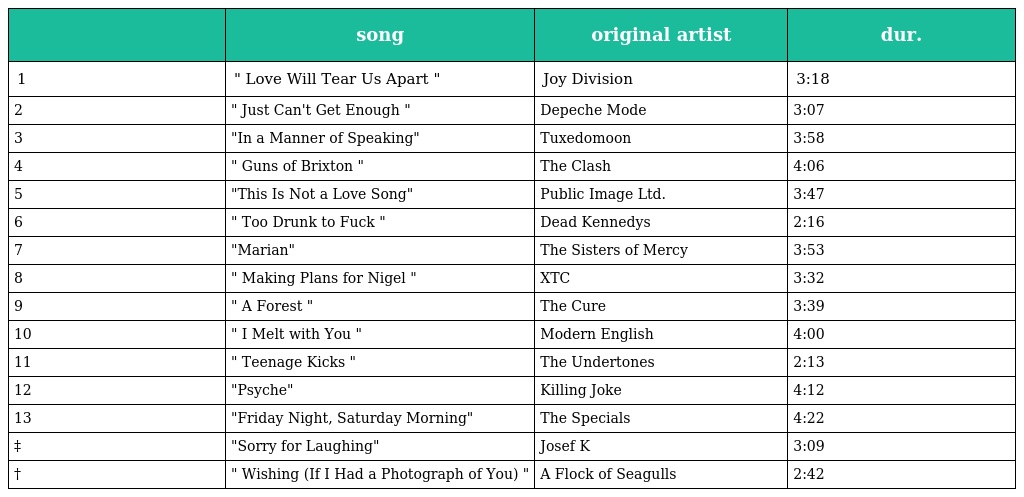
|  | song | original artist | dur. |
 | --- | --- | --- | --- |
 | 1 | " Love Will Tear Us Apart " | Joy Division | 3:18 |
 | 2 | " Just Can't Get Enough " | Depeche Mode | 3:07 |
 | 3 | "In a Manner of Speaking" | Tuxedomoon | 3:58 |
 | 4 | " Guns of Brixton " | The Clash | 4:06 |
 | 5 | "This Is Not a Love Song" | Public Image Ltd. | 3:47 |
 | 6 | " Too Drunk to Fuck " | Dead Kennedys | 2:16 |
 | 7 | "Marian" | The Sisters of Mercy | 3:53 |
 | 8 | " Making Plans for Nigel " | XTC | 3:32 |
 | 9 | " A Forest " | The Cure | 3:39 |
 | 10 | " I Melt with You " | Modern English | 4:00 |
 | 11 | " Teenage Kicks " | The Undertones | 2:13 |
 | 12 | "Psyche" | Killing Joke | 4:12 |
 | 13 | "Friday Night, Saturday Morning" | The Specials | 4:22 |
 | ‡ | "Sorry for Laughing" | Josef K | 3:09 |
 | † | " Wishing (If I Had a Photograph of You) " | A Flock of Seagulls | 2:42 |